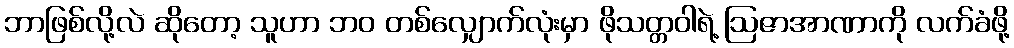
ဘာဖြစ်လို့လဲ ဆိုတော့ သူဟာ ဘဝ တစ်လျှောက်လုံးမှာ ဖိုသတ္တဝါရဲ့ ဩဇာအာဏာကို လက်ခံဖို့